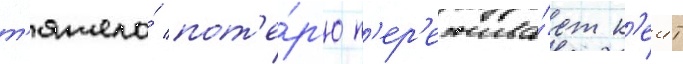
т'яжело́ пот'е́р'ю п'ер'ежива́ет к'еит